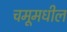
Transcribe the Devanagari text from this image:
चमूमधील